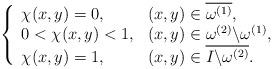
LaTeX: \begin{align*}\left\{\begin{array}{ll}\chi(x,y)=0,&(x,y)\in \overline {\omega^{(1)}},\\0<\chi(x,y)<1,&(x,y)\in \omega^{(2)}\backslash\omega^{(1)},\\\chi(x,y)=1,&(x,y)\in \overline{I\backslash \omega^{(2)}}.\end{array}\right.\end{align*}